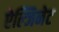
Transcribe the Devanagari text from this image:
ऐल्जिनेट